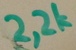
Text: 2,2k